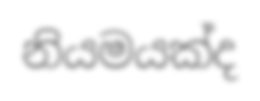
නියමයක්ද